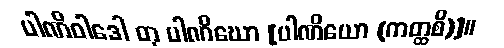
ပါဏိဝါဒေါ တု ပါဏိဃော [ပါဏိယော (ကတ္ထစိ)]။